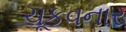
ચૂકવનાર